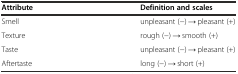
| Attribute | Definition and scales |
 | --- | --- |
 | Smell | unpleasant (−) → pleasant (+) |
 | Texture | rough (−) → smooth (+) |
 | Taste | unpleasant (−) → pleasant (+) |
 | Aftertaste | long (−) → short (+) |